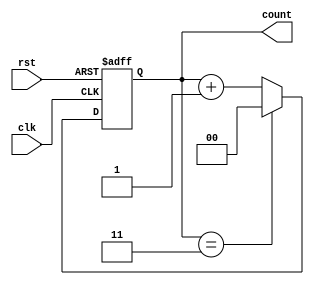
module divide_by_n_counter #(
    parameter N = 4 // Default value for N, can be overridden
) (
    input wire clk,          // Clock signal
    input wire rst,          // Asynchronous reset signal
    output reg [$clog2(N)-1:0] count // Counter output
);

// Ensure N is greater than 1
initial begin
    if (N < 2) begin
        $error("Error: N must be greater than or equal to 2.");
        $finish;
    end
end

// Counter logic
always @(posedge clk or posedge rst) begin
    if (rst) begin
        count <= 0; // Reset the counter to 0
    end else begin
        if (count == N-1) begin
            count <= 0; // Wrap around to 0 when reaching N
        end else begin
            count <= count + 1; // Increment the counter
        end
    end
end

endmodule